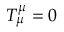
T _ { \mu } ^ { \mu } = 0